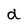
Character: d